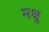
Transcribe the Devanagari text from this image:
मश्रु